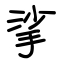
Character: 挲